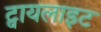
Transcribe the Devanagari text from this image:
ट्वायलाइट